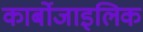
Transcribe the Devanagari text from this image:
कार्बोजाइलिक